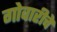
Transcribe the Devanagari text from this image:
गोवारीचे